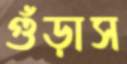
গুঁড়াস